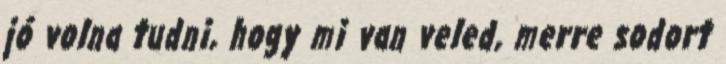
jó volna tudni, hogy mi van veled, merre sodort